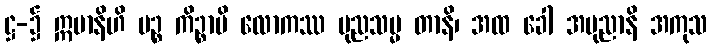
ဋ္ဌ-၌ ဣမာနိဟိ ပဉ္စ ကိဉ္စာပိ လောကဿ ပုညသမ္မ တာနိ၊ အထ ခေါ အပုညာနိ အကုသ